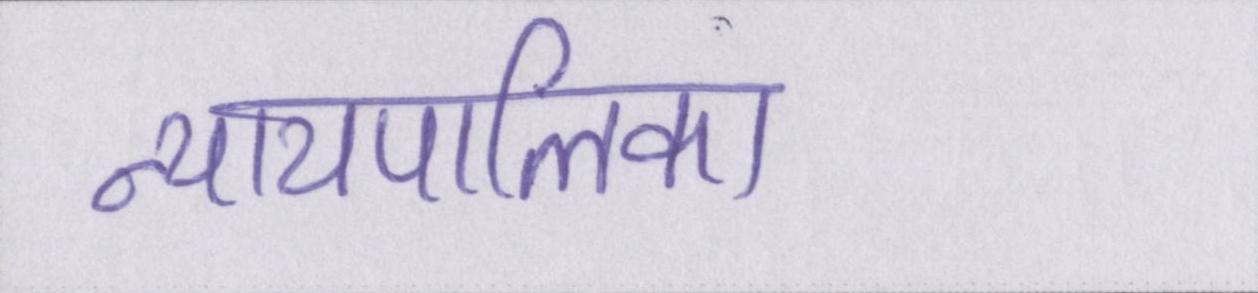
न्यायपालिका